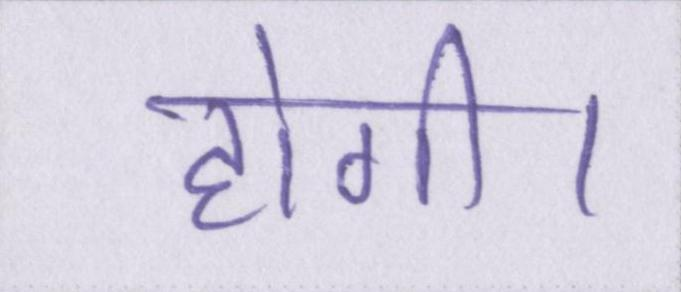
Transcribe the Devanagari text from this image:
होगी।